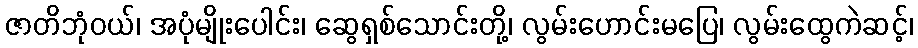
ဇာတိဘုံဝယ်၊ အပုံမျိုးပေါင်း၊ ဆွေရှစ်သောင်းတို့၊ လွမ်းဟောင်းမပြေ၊ လွမ်းထွေကဲဆင့်၊